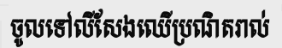
ចូលទៅលីសែងឈើប្រណិតរាល់